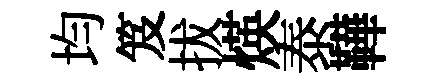
均笈拔煐泰鞾